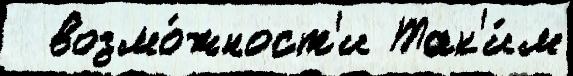
  возмо́жност'и Так'и́м